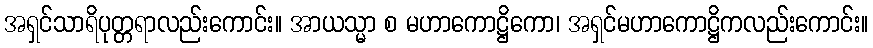
အရှင်သာရိပုတ္တရာလည်းကောင်း။ အာယသ္မာ စ မဟာကောဋ္ဌိကော၊ အရှင်မဟာကောဋ္ဌိကလည်းကောင်း။